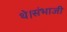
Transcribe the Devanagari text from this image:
थे।संभाजी